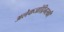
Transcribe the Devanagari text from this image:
अलेकजांद्रिनस्की